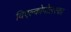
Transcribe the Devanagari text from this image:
विएल्कोपोलस्का